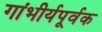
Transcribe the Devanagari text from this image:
गांभीर्यपूर्वक